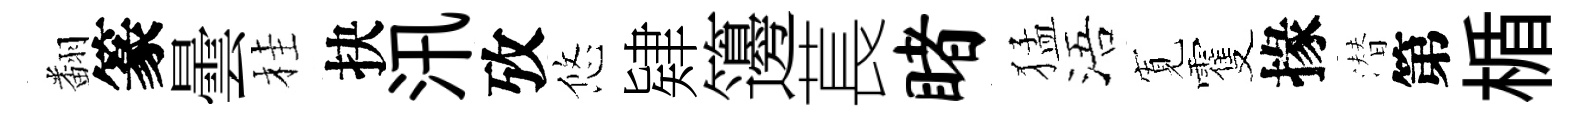
翻篆曇桂抉汛攷悠肄籩萇睹猛浯𡩖䨥掾潜第楯